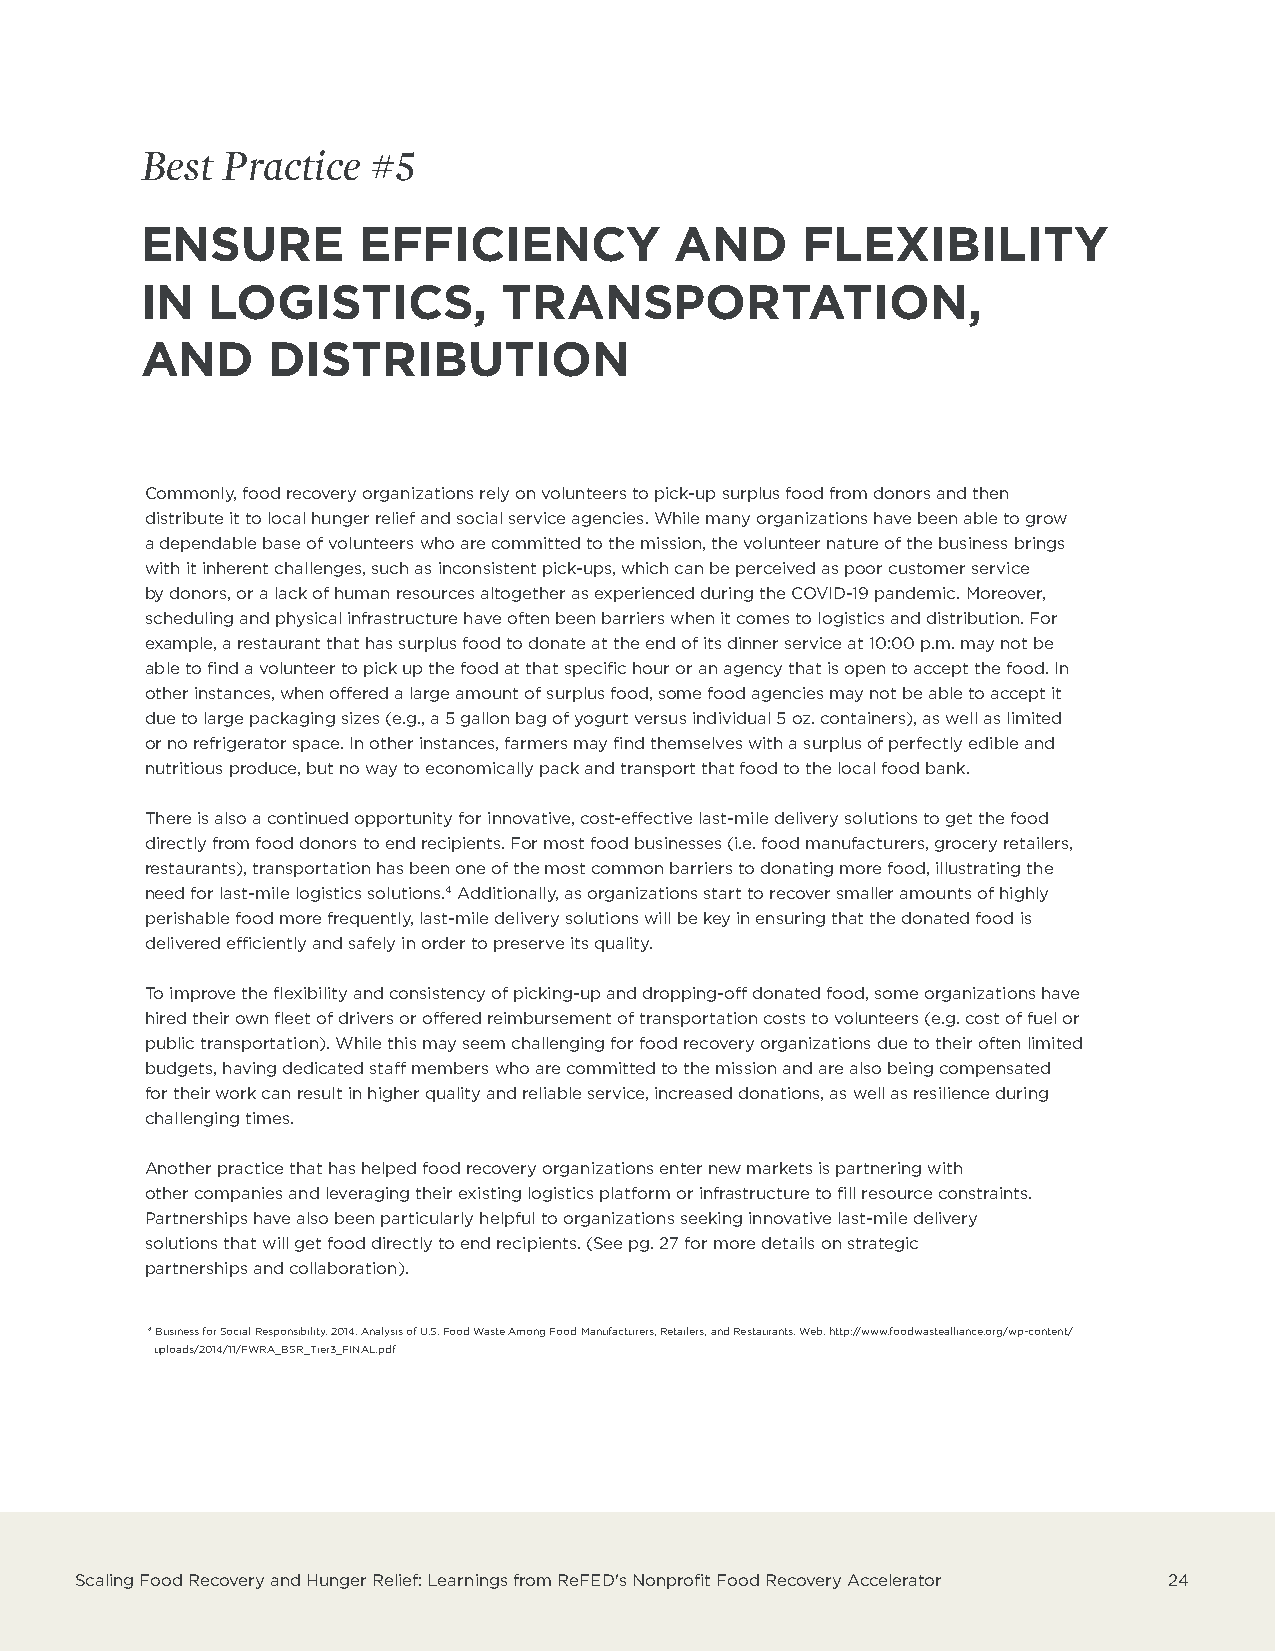
Best  Practice #5
 ENSURE         EFFICIENCY           AND     FLEXIBILITY
 IN   LOGISTICS,         TRANSPORTATION,
 AND      DISTRIBUTION
 Commonly, food recovery organizations rely on volunteers to pick-up surplus food from donors and then
 distribute it to local hunger relief and social service agencies. While many organizations have been able to grow
 a dependable base of volunteers who are committed to the mission, the volunteer nature of the business brings
 with it inherent challenges, such as inconsistent pick-ups, which can be perceived as poor customer service
 by donors, or a lack of human resources altogether as experienced during the COVID-19 pandemic. Moreover,
 scheduling and physical infrastructure have often been barriers when it comes to logistics and distribution. For
 example, a restaurant that has surplus food to donate at the end of its dinner service at 10:00 p.m. may not be
 able to find a volunteer to pick up the food at that specific hour or an agency that is open to accept the food. In
 other instances, when offered a large amount of surplus food, some food agencies may not be able to accept it
 due to large packaging sizes (e.g., a 5 gallon bag of yogurt versus individual 5 oz. containers), as well as limited
 or no refrigerator space. In other instances, farmers may find themselves with a surplus of perfectly edible and
 nutritious produce, but no way to economically pack and transport that food to the local food bank.
 There is also a continued opportunity for innovative, cost-effective last-mile delivery solutions to get the food
 directly from food donors to end recipients. For most food businesses (i.e. food manufacturers, grocery retailers,
 restaurants), transportation has been one of the most common barriers to donating more food, illustrating the
 need for last-mile logistics solutions.4 Additionally, as organizations start to recover smaller amounts of highly
 perishable food more frequently, last-mile delivery solutions will be key in ensuring that the donated food is
 delivered efficiently and safely in order to preserve its quality.
 To improve the flexibility and consistency of picking-up and dropping-off donated food, some organizations have
 hired their own fleet of drivers or offered reimbursement of transportation costs to volunteers (e.g. cost of fuel or
 public transportation). While this may seem challenging for food recovery organizations due to their often limited
 budgets, having dedicated staff members who are committed to the mission and are also being compensated
 for their work can result in higher quality and reliable service, increased donations, as well as resilience during
 challenging times.
 Another practice that has helped food recovery organizations enter new markets is partnering with
 other companies and leveraging their existing logistics platform or infrastructure to fill resource constraints.
 Partnerships have also been particularly helpful to organizations seeking innovative last-mile delivery
 solutions that will get food directly to end recipients. (See pg. 27 for more details on strategic
 partnerships and collaboration).
 4 Business for Social Responsibility. 2014. Analysis of U.S. Food Waste Among Food Manufacturers, Retailers, and Restaurants. Web. http://www.foodwastealliance.org/wp-content/
 uploads/2014/11/FWRA_BSR_Tier3_FINAL.pdf
 Scaling Food Recovery and Hunger Relief: Learnings from ReFED's Nonprofit Food Recovery Accelerator 24